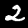
Label: 2